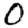
Digit: 0